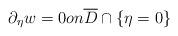
LaTeX: \begin{align*} \partial_\eta w=0 on\overline{D}\cap \{\eta=0\}\end{align*}